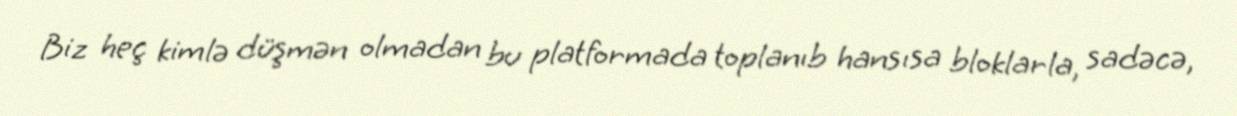
Biz heç kimlə düşmən olmadan bu platformada toplanıb hansısa bloklarla, sadəcə,